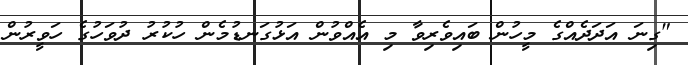
"ގިނަ އަދަދެއްގެ މީހުން ބައިވެރިވާ މި އެއްވުން އަޅުގަނޑުމެން ހުކުރު ދުވަހުގެ ހަވީރުން